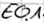
Text: E0.1